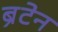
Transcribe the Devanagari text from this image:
ब्रैटेन